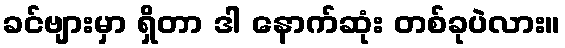
ခင်ဗျားမှာ ရှိတာ ဒါ နောက်ဆုံး တစ်ခုပဲလား။